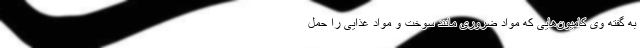
به گفته وی کامیون‌هایی که مواد ضروری مانند سوخت و مواد غذایی را حمل